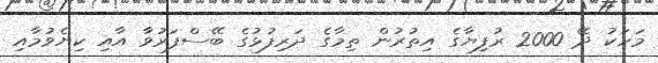
މަހަކު ދޭ 2000 ރުފިޔާގެ އިތުރުން ތިމާގެ ދަރިފުޅުގެ ބޭސްފަރުވާ އާއި ކިޔެވުމާއި